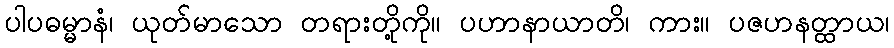
ပါပဓမ္မာနံ၊ ယုတ်မာသော တရားတို့ကို။ ပဟာနာယာတိ၊ ကား။ ပဇဟနတ္ထာယ၊